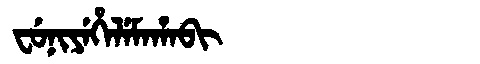
Manchu: ᠸᡠᠨᡳᠶᡝᡥᡝᠯᡝᠮᠠᡥᠠᠪᡳ
Romanization: FUNIYEHELEMAHABI